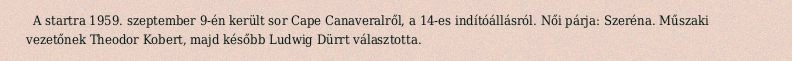
A startra 1959. szeptember 9-én került sor Cape Canaveralről, a 14-es indítóállásról. Női párja: Szeréna. Műszaki vezetőnek Theodor Kobert, majd később Ludwig Dürrt választotta.